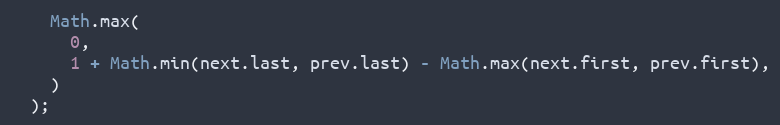
Language: JavaScript
    Math.max(
      0,
      1 + Math.min(next.last, prev.last) - Math.max(next.first, prev.first),
    )
  );